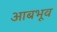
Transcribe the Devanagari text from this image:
आबभूव